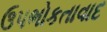
ઉપભોકતાવાદ